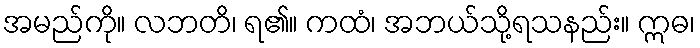
အမည်ကို။ လဘတိ၊ ရ၏။ ကထံ၊ အဘယ်သို့ရသနည်း။ ဣဓ၊